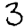
Digit: 3